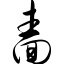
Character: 啬